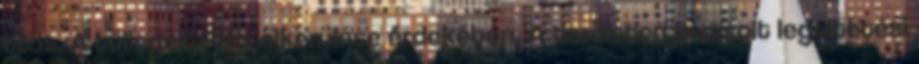
tilos. A túllegeltetés elkerülése érdekében. A területen javasolt legeltetési